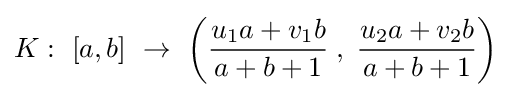
K:\ [a,b]\ \rightarrow \ \left({\frac {u_{1}a+v_{1}b}{a+b+1}}\;,\;{\frac {u_{2}a+v_{2}b}{a+b+1}}\right)\